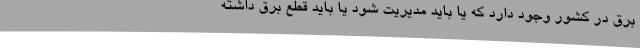
برق در کشور وجود دارد که یا باید مدیریت شود یا باید قطع برق داشته